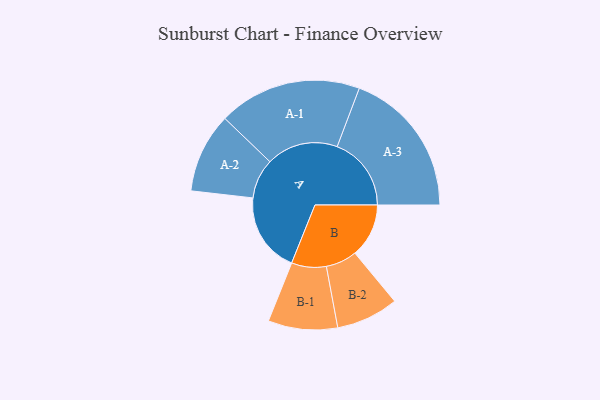
{"axis": {"x": "Segment", "y": "Value"}, "legend": ["", "A", "B"], "data": [{"x": "A", "y": 292, "type": ""}, {"x": "B", "y": 197, "type": ""}, {"x": "A-1", "y": 262, "type": "A"}, {"x": "A-2", "y": 146, "type": "A"}, {"x": "A-3", "y": 271, "type": "A"}, {"x": "B-1", "y": 127, "type": "B"}, {"x": "B-2", "y": 114, "type": "B"}]}